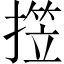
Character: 𱠭